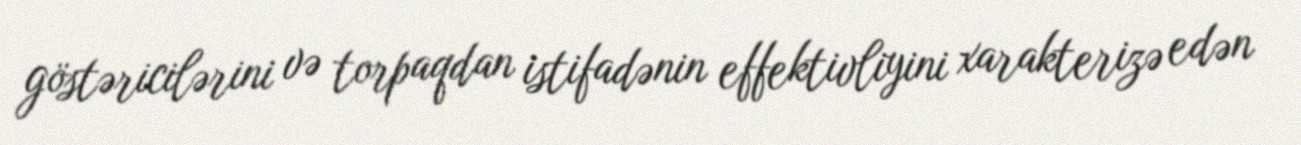
göstəricilərini və torpaqdan istifadənin effektivliyini xarakterizə edən